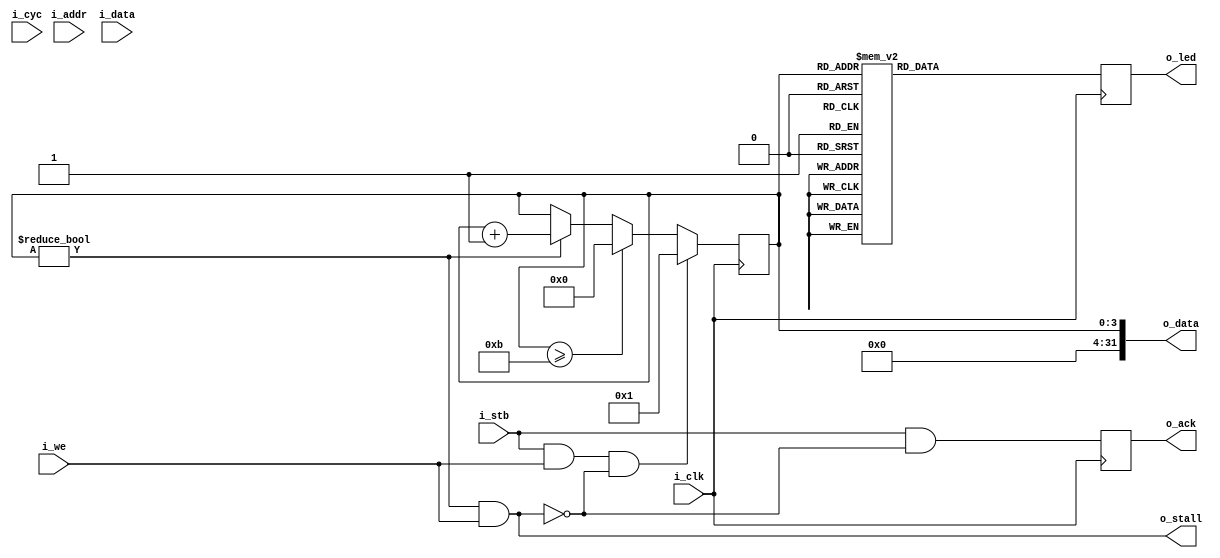
module chaser_wb(
    input wire          i_clk,

    input wire          i_cyc,
    input wire          i_stb,
    input wire          i_we,
    input wire          i_addr,
    input wire [31:0]   i_data,
    output wire         o_stall,
    output reg          o_ack,
    output wire [31:0]  o_data,

    output reg  [5:0]   o_led
);
    parameter WIDTH = 24;

    wire            busy;
    reg     [3:0]   state;
    
    initial state = 0;

    // Verilator lint_off UNUSED
    wire [33:0] unused;
    assign unused = { i_cyc, i_addr, i_data };
    // Verilator lint_on UNUSED

    initial o_ack = 1'b0;
    always @(posedge i_clk)
        o_ack <= (i_stb) && (!o_stall);
    
    assign o_stall = (busy) && (i_we);
    assign o_data = { 28'h0, state };

    assign busy = (state != 0);

    always @(posedge i_clk)
    begin
        if ((i_stb) && (i_we) && (!o_stall))
            state <= 4'h1;
        else if (state >= 4'hB)
            state <= 4'h0;
        else if (state != 0)
            state <= state + 1'h1;
    end

    always @(posedge i_clk)
    begin
        case (state)
            4'h1: o_led <= 6'h01;
            4'h2: o_led <= 6'h02;
            4'h3: o_led <= 6'h04;
            4'h4: o_led <= 6'h08;
            4'h5: o_led <= 6'h10;
            4'h6: o_led <= 6'h20;
            4'h7: o_led <= 6'h10;
            4'h8: o_led <= 6'h08;
            4'h9: o_led <= 6'h04;
            4'hA: o_led <= 6'h02;
            4'hB: o_led <= 6'h01;
            default: o_led <= 6'h00;
        endcase
    end
endmodule